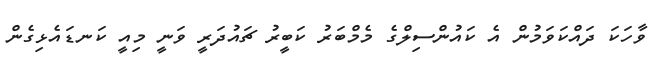
ވާހަކަ ދައްކަވަމުން އެ ކައުންސިލްގެ މެމްބަރު ކަބީރު ޗައުދަރީ ވަނީ މިއީ ކަނޑައެޅިގެން